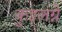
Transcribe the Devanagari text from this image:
कुइलग्ने